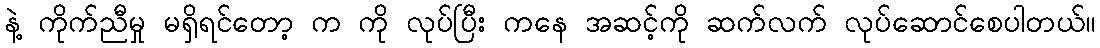
နဲ့ ကိုက်ညီမှု မရှိရင်တော့ က ကို လုပ်ပြီး ကနေ အဆင့်ကို ဆက်လက် လုပ်ဆောင်စေပါတယ်။